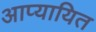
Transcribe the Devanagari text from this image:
आप्यायित